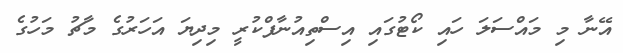
އޭނާ މި މައްސަލަ ހައި ކޯޓުގައި އިސްތިއުނާފްކުރީ މިދިޔަ އަހަރުގެ މާޗު މަހުގެ